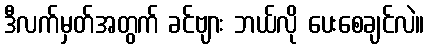
ဒီလက်မှတ်အတွက် ခင်ဗျား ဘယ်လို ပေးစေချင်လဲ။